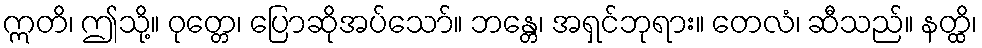
ဣတိ၊ ဤသို့။ ဝုတ္တေ၊ ပြောဆိုအပ်သော်။ ဘန္တေ၊ အရှင်ဘုရား။ တေလံ၊ ဆီသည်။ နတ္ထိ၊